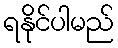
ရနိုင်ပါမည်